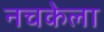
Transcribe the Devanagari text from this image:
नचकेला